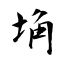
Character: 埆